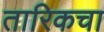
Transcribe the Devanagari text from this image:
तारिकचा